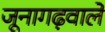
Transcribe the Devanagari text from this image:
जूनागढ़वाले